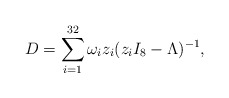
\begin{align*}D = \sum_{i=1}^{32}\omega_i z_{i}(z_i I_8 -\Lambda)^{-1},\end{align*}